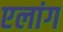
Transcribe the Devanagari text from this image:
एलांग